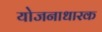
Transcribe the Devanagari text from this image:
योजनाधारक